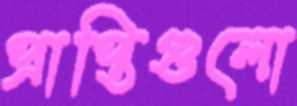
প্রাপ্তিগুলো